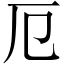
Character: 厄